system: You are a helpful assistant.
user:
Analyze the provided spectrum to determine if it is a **Carbon Star (C-type)**.

- **Key Visual Indicators of Carbon Star:**
    - **(Primary):** Strong molecular absorption from **C₂ (diatomic carbon) "Swan Bands."** This is the **defining feature** of a carbon star.
        - **(Key Bandheads):** Sharp absorption edges are visible at approximately $5635$ Å, $5165$ Å (the strongest band), and $4737$ Å.
        - **(Line Profile):** Creates a distinct **"saw-tooth"** pattern. The key morphology is a sharp, steep bandhead on the **red (long-wavelength) side**, which then gradually tapers off (i.e., flux recovers) towards the **blue (short-wavelength) side**. *(This is the direct opposite of the TiO bands seen in M-type stars)*.

    - **(Secondary):** Intense **CN (cyanogen)** molecular absorption bands.
        - **(Key Bandheads):** Located in the blue and violet regions of the spectrum (e.g., near $4215$ Å and $3883$ Å).
        - **(Morphology):** These bands are extremely broad and act as a "blanket," absorbing the vast majority of blue and violet light. This creates a characteristic **"cliff"** or **"steep drop-off"** in the spectrum's flux at short wavelengths.

    - **(Key Confirmation):** Strong **CH absorption band (G-band)**.
        - **(Key Bandhead):** Located around $4300$ Å. The contribution from CH molecules to this band is exceptionally strong.

    - **(Overall Spectrum):**
        - The continuum is severely "chopped up" by these deep molecular bands, especially C₂, rather than appearing as a smooth curve.
        - Due to the heavy CN and C₂ absorption in the blue-green, the vast majority of the star's flux is concentrated in the red part of the spectrum, giving the star its characteristic deep red color.

Think first, call **spectral_visualization_tool** if needed to examine features in detail, then provide your final answer. Your response must adhere to the following strict rules:
1.  **Overall Structure:** Your response must follow the format `<think>...</think> <tool_call>...</tool_call> (if a tool is used) <answer>...</answer>`.
2.  **Tool Usage Constraint:** You may only make **one** tool call per turn.
3.  **Final Answer Format:** In the `<answer>` tag, your conclusion must be inside a `\boxed{}` command (e.g., `\boxed{YES}`), followed by your justification.

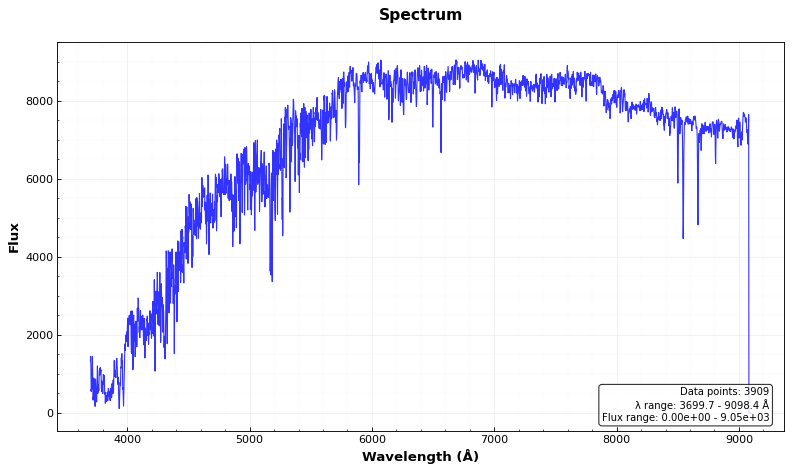
Answer: NO